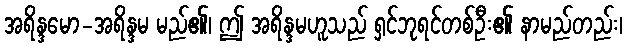
အရိန္ဒမော-အရိန္ဒမ မည်၏၊ ဤ အရိန္ဒမဟူသည် ရှင်ဘုရင်တစ်ဦး၏ နာမည်တည်း၊